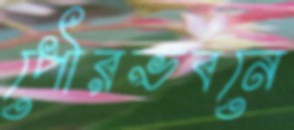
পৌরভবনে